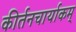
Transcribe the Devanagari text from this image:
कीर्तनचार्याकम्‌